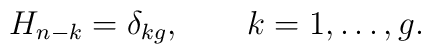
H_{n-k}=\delta_{kg},\qquad k=1,\ldots,g.